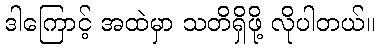
ဒါကြောင့် အထဲမှာ သတိရှိဖို့ လိုပါတယ်။